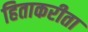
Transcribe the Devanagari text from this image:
हिताकरीता